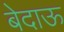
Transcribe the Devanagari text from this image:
बेदाऊ